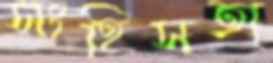
সংহিসতা